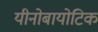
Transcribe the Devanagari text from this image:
यीनोबायोटिक